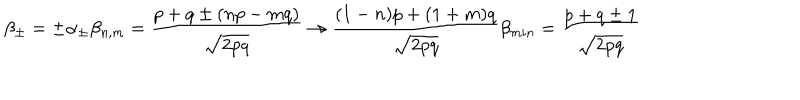
LaTeX: \beta _ { \pm } = \pm \alpha _ { \pm } \beta _ { n , m } = { \frac { p + q \pm ( n p - m q ) } { \sqrt { 2 p q } } } \rightarrow { \frac { ( 1 - n ) p + ( 1 + m ) q } { \sqrt { 2 p q } } } \beta _ { m i n } = { \frac { p + q \pm 1 } { \sqrt { 2 p q } } }